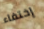
إختفاء